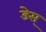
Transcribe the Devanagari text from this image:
डेस्